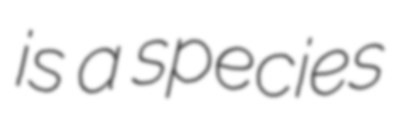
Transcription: is a species